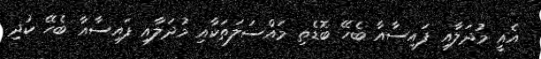
އެއީ މުދަލާއި ފައިސާއާ ބެހޭ ބޮޑެތި މައްސަލަތަކާއި މުދަލާއި ފައިސާއާ ބެހޭ ކުދި